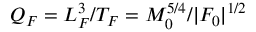
Q _ { F } = L _ { F } ^ { 3 } / T _ { F } = M _ { 0 } ^ { 5 / 4 } / | F _ { 0 } | ^ { 1 / 2 }